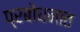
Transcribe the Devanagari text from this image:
प्रबोधनात